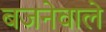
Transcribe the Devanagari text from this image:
बजनेवाले